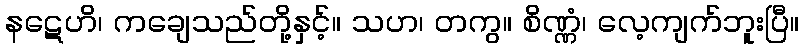
နဋေဟိ၊ ကချေသည်တို့နှင့်။ သဟ၊ တကွ။ စိဏ္ဏံ၊ လေ့ကျက်ဘူးပြီ။